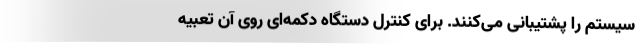
سیستم را پشتیبانی می‌کنند. برای کنترل دستگاه دکمه‌ای روی آن تعبیه